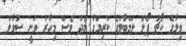
ވިލާގެ ކޯޗު ޕޯލް ލަމްބާޓުގެ ކުރިމަގާ މެދު ވެސް މިހާރު ވަނީ ސުވާލު